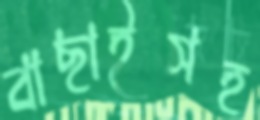
বাছাইসহ